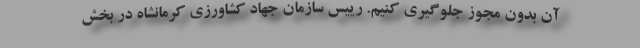
آن بدون مجوز جلوگیری کنیم. رییس سازمان جهاد کشاورزی کرمانشاه در بخش